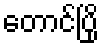
တောင်ပြို